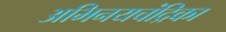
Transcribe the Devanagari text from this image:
अभिनयचंद्रिका